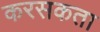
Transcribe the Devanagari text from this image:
करसकता